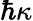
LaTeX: \hbar\kappa